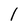
Character: l